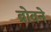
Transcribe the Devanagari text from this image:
ब्रोवने